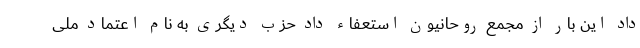
داد این بار از مجمع روحانیون استعفاء داد حزب دیگری به نام اعتماد ملی